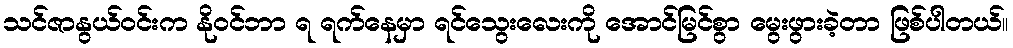
သင်ဇာနွယ်ဝင်းက နိုဝင်ဘာ ရ ရက်နေမှာ ရင်သွေးလေးကို အောင်မြင်စွာ မွေးဖွားခဲ့တာ ဖြစ်ပါတယ်။